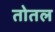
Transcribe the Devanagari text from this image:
तोतल